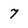
Character: 7